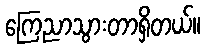
ကြေညာသွားတာရှိတယ်။